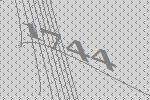
1744